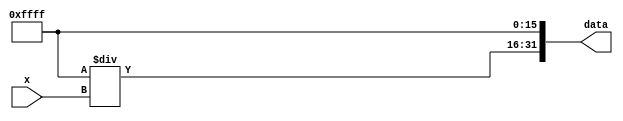
module initxx (input [15:0] x,output [31:0] data);
	reg [15:0] temp;
	always@(x) begin
		temp=(16'b1111111111111111)/x;
	end
	assign data={temp,16'b1111111111111111};	
endmodule